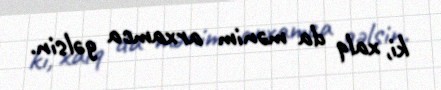
ki, xalq da mənim arxamca gəlsin.